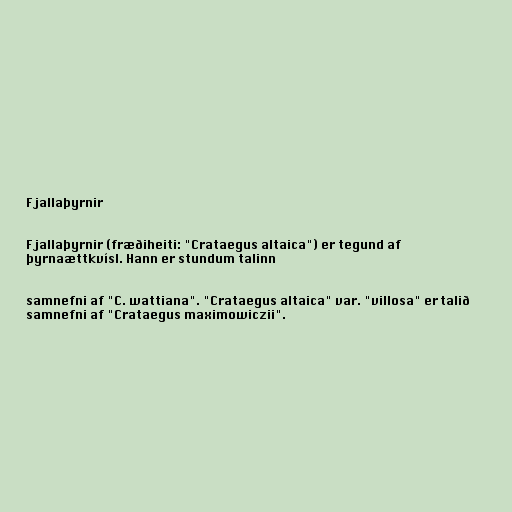
Fjallaþyrnir

Fjallaþyrnir (fræðiheiti: "Crataegus altaica") er tegund af
þyrnaættkvísl. Hann er stundum talinn

samnefni af "C. wattiana". "Crataegus altaica" var. "villosa" er talið
samnefni af "Crataegus maximowiczii".